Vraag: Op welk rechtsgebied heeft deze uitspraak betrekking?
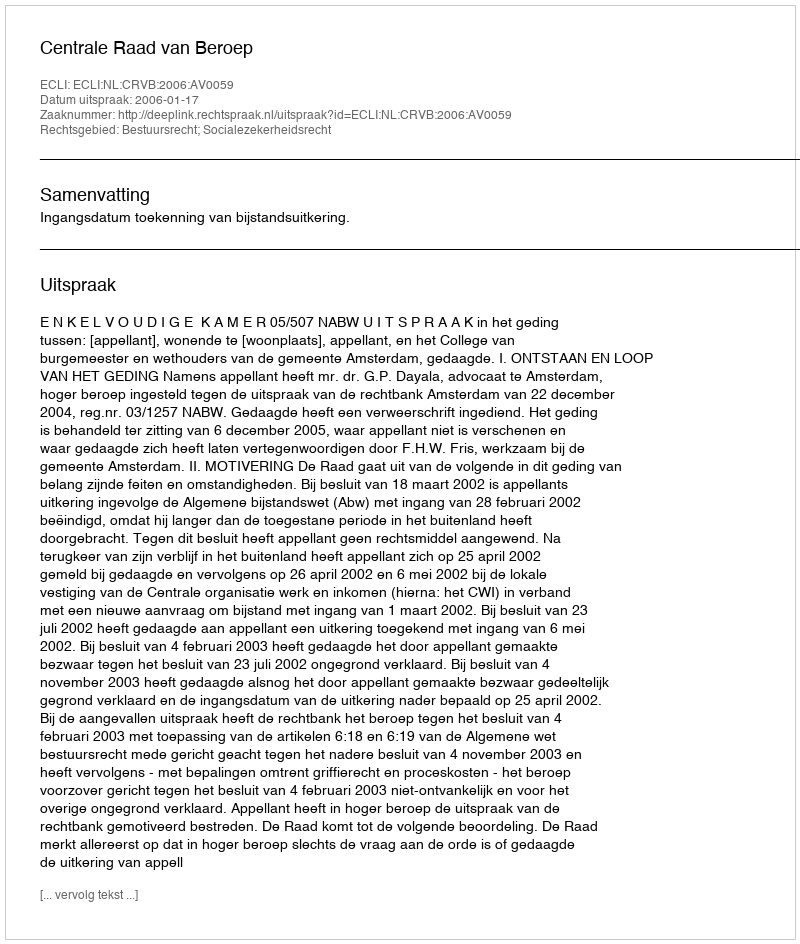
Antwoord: Bestuursrecht; Socialezekerheidsrecht